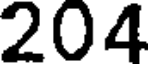
204